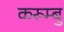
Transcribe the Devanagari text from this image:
करूम्बु